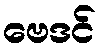
ဗေဒင်